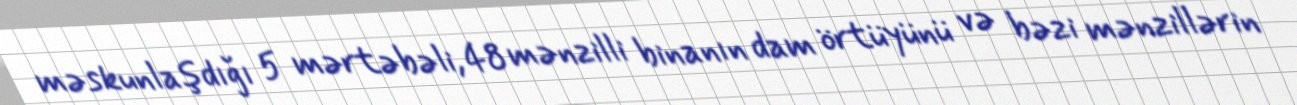
məskunlaşdığı 5 mərtəbəli, 48 mənzilli binanın dam örtüyünü və bəzi mənzillərin